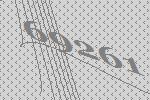
69261